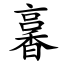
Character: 㐯